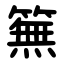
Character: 䉑